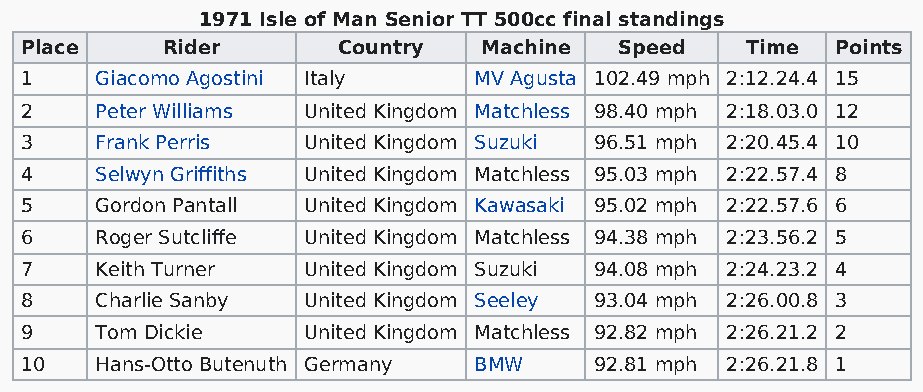
1971 Isle of Man Senior TT 500cc final standings
 Place     Rider      Country   Machine  Speed   Time  Points
 1    Giacomo Agostini Italy   MV Agusta 102.49 mph 2:12.24.4 15
 2    Peter Williams United Kingdom Matchless 98.40 mph 2:18.03.0 12
 3    Frank Perris  United Kingdom Suzuki 96.51 mph 2:20.45.4 10
 4    Selwyn Griffiths United Kingdom Matchless 95.03 mph 2:22.57.4 8
 5    Gordon Pantall United Kingdom Kawasaki 95.02 mph 2:22.57.6 6
 6    Roger Sutcliffe United Kingdom Matchless 94.38 mph 2:23.56.2 5
 7    Keith Turner  United Kingdom Suzuki 94.08 mph 2:24.23.2 4
 8    Charlie Sanby United Kingdom Seeley 93.04 mph 2:26.00.8 3
 9    Tom Dickie    United Kingdom Matchless 92.82 mph 2:26.21.2 2
 10   Hans-Otto Butenuth Germany BMW   92.81 mph 2:26.21.8 1